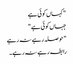
" کہاں کوئی ہے
جہاں کوئی ہے "
" حوصلہ رہے نہ رہے
رابطہ رہے نہ رہے ۔